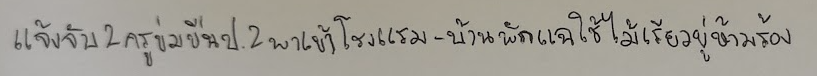
แจ้งจับ2ครูข่มขืนป.2พาเข้าโรงแรม-บ้านพักแฉใช้ไม้เรียวขู่ห้ามร้อง